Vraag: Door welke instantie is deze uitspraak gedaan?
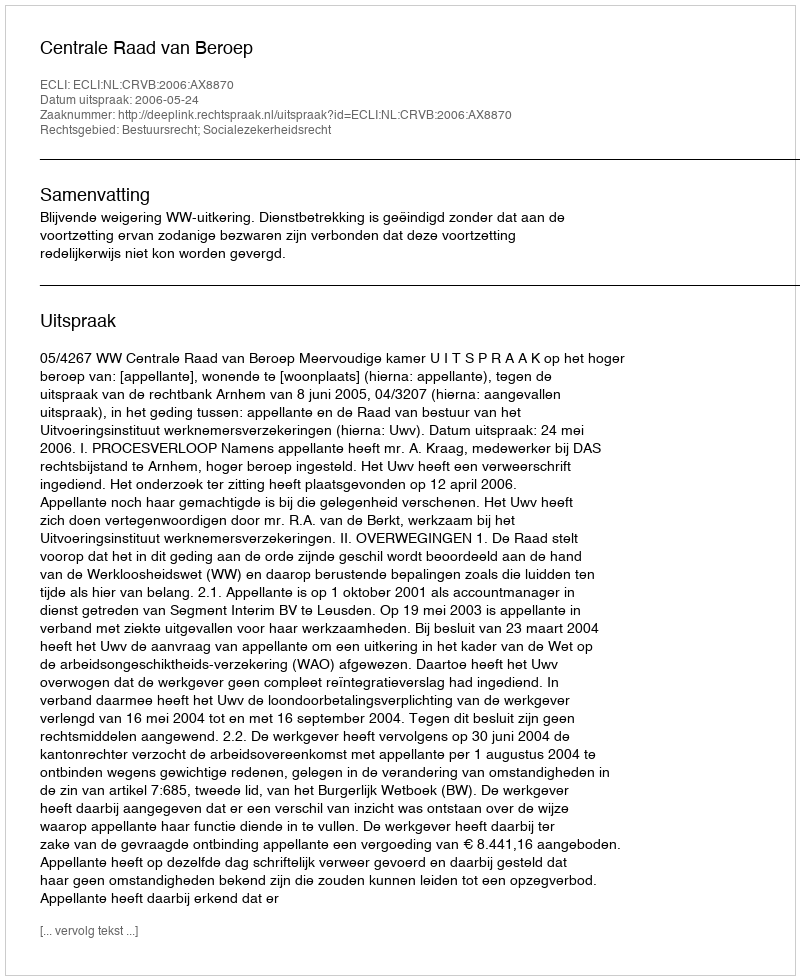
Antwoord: Centrale Raad van Beroep